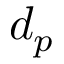
d _ { p }